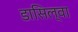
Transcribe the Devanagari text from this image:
डासिल्वा